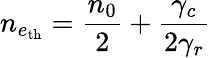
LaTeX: n_{e_{\mathrm{th}}}=\frac{n_{0}}{2}+\frac{\gamma_{c}}{2\gamma_{r}}